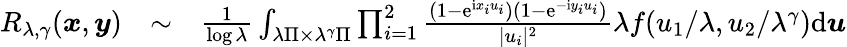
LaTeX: \begin{array}{rlr}{R_{\lambda,\gamma}(\boldsymbol{x},\boldsymbol{y})}&{\sim}&{\frac{1}{\log\lambda}\int_{\lambda\Pi\times\lambda^{\gamma}\Pi}\prod_{i=1}^{2}\frac{(1-\mathrm e^{\mathrm ix_{i}u_{i}})(1-\mathrm e^{-\mathrm iy_{i}u_{i}})}{|u_{i}|^{2}}\lambda f(u_{1}/\lambda,u_{2}/\lambda^{\gamma})\mathrm d\boldsymbol{u}}\end{array}